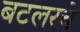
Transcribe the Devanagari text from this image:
बटलरचे